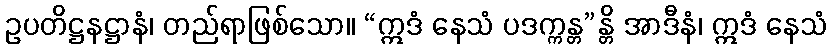
ဥပတိဋ္ဌနဋ္ဌာနံ၊ တည်ရာဖြစ်သော။ “ဣဒံ နေသံ ပဒက္ကန္တ”န္တိ အာဒီနံ၊ ဣဒံ နေသံ